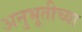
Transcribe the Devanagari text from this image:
अनुभूतीच्या